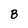
Character: B